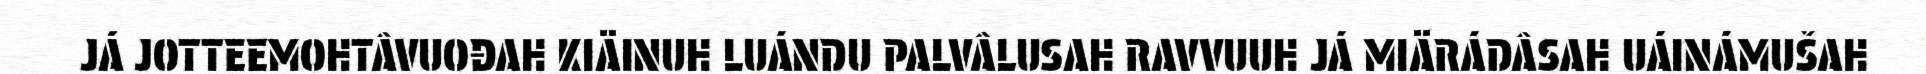
JÁ JOTTEEMOHTÂVUOĐAH KIÄINUH LUÁNDU PALVÂLUSAH RAVVUUH JÁ MIÄRÁDÂSAH UÁINÁMUŠAH